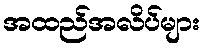
အထည်အလိပ်များ